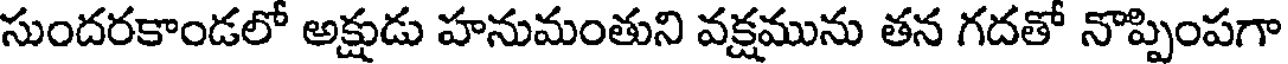
సుందరకాండలో అక్షుడు హనుమంతుని వక్షమును తన గదతో నొప్పింపగా